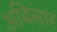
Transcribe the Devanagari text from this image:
अबिसार